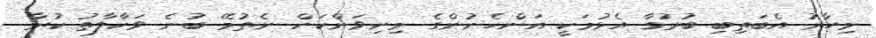
މިހާރު އެބަތިބި ބުރުގާ އެޅުމަކީ އަންހެނުންގެ މިނިވަންކަން ނެތުމޭ ބުނެ ވަކާލާތު ކުރާ